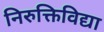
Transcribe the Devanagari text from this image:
निरुक्तिविद्या